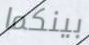
بينكما